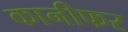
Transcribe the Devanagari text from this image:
कानीफर